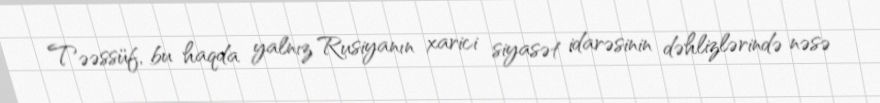
Təəssüf, bu haqda yalnız Rusiyanın xarici siyasət idarəsinin dəhlizlərində nəsə